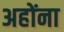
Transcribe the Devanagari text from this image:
अहोंना